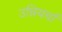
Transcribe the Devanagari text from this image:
उन्नियर्चा